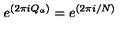
e ^ { ( 2 \pi i Q _ { a } ) } = e ^ { ( 2 \pi i / N ) }